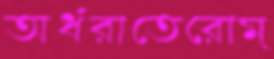
অর্ধরাতেরোম্